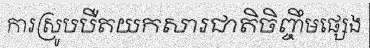
ការស្រូបបឺតយកសារជាតិចិញ្ចឹមផ្សេង